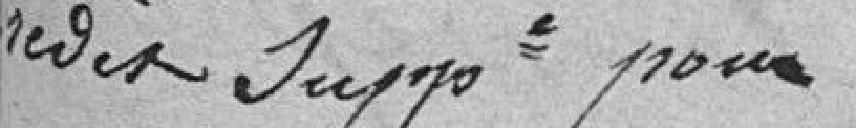
Crédit supplémentaire pour